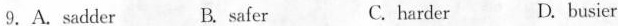
9.A.Sadder B.safer C.harder D.busier